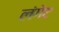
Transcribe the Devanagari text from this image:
लंगेट